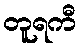
တူရကီ